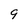
Character: 9